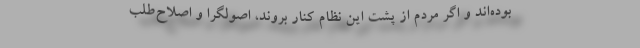
بوده‌اند و اگر مردم از پشت این نظام کنار بروند، اصولگرا و اصلاح‌طلب